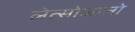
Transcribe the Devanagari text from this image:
लेत्सोआलो